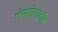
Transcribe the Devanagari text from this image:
गोमपोताइति